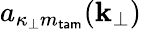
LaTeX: a_{\kappa_{\perp}m_{\mathsf{tam}}}({\mathbf k}_{\perp})